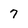
Character: 7